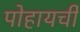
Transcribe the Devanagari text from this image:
पोहायची